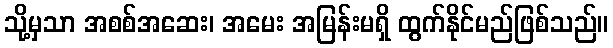
သို့မှသာ အစစ်အဆေး၊ အမေး အမြန်းမရှိ ထွက်နိုင်မည်ဖြစ်သည်။